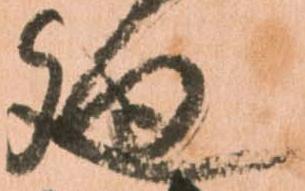
廻